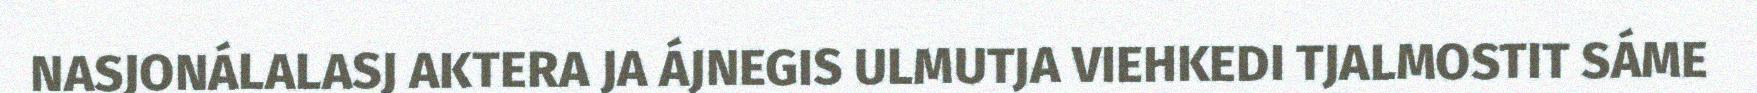
NASJONÁLALASJ AKTERA JA ÁJNEGIS ULMUTJA VIEHKEDI TJALMOSTIT SÁME